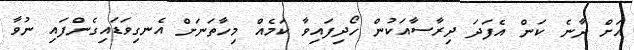
އަށް ދާނެ ކަން އެފަދަ ދިރާސާއަކުން ހޯދިފައިވާ ކަމެއް މިހާތަނަށް އެނގިވަޑައިގެންފައި ނުވާ